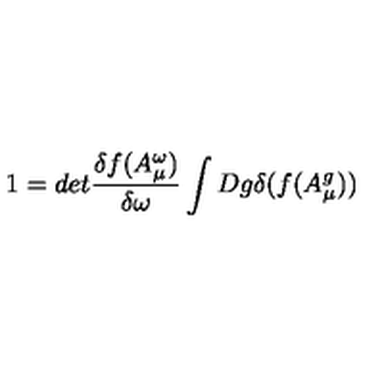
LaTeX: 1 = d e t \frac { \delta f ( A _ { \mu } ^ { \omega } ) } { \delta \omega } \int D g \delta ( f ( A _ { \mu } ^ { g } ) )